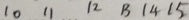
1 0 1 1 1 2 1 3 1 4 1 5